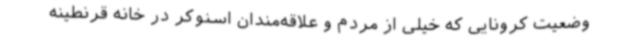
وضعیت کرونایی که خیلی از مردم و علاقه‌مندان اسنوکر در خانه قرنطینه